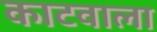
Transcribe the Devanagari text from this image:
काटवाला